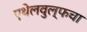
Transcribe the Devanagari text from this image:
एथेलवुल्फचा